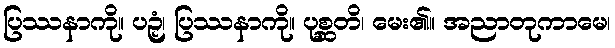
ပြဿနာကို။ ပဉှံ၊ ပြဿနာကို။ ပုစ္ဆတိ၊ မေး၏။ အညာတုကာမေ၊